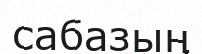
сабазың